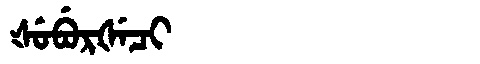
Manchu: ᡧᡠᠪᡠᡵᡧᡝᠴᡳ
Romanization: ŠUBURŠECI